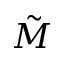
\tilde { M }